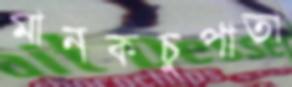
মানকচুপাতা